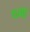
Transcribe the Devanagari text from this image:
पगी